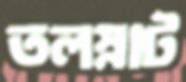
তলস্নাট